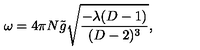
\omega = 4 \pi N { \tilde { g } } \sqrt { \frac { - \lambda ( D - 1 ) } { ( D - 2 ) ^ { 3 } } } ,